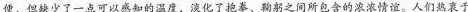
便，但缺少了一点可以感知的温度，淡化了抱拳、鞠躬之间所包含的浓浓情谊。人们热衷于